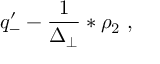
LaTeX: q _ { - } ^ { \prime } - \frac { 1 } { \Delta _ { \perp } } \ast \rho _ { 2 } \ ,